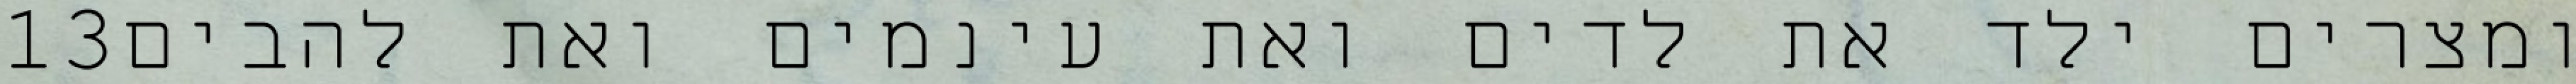
‎13‏ ומצרים ילד את לדים ואת עינמים ואת להבים